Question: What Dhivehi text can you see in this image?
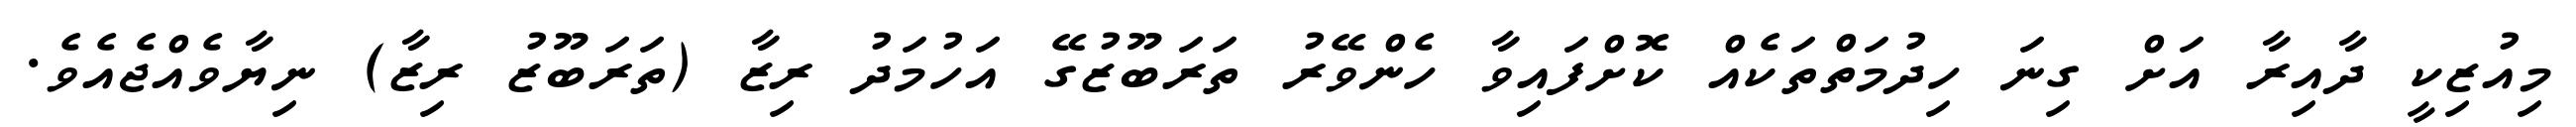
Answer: މިއުޒިކީ ދާއިރާ އަށް ގިނަ ހިދުމަތްތަކެއް ކޮށްފައިވާ ހެންވޭރު ތަރަބޫޒުގޭ އަހުމަދު ރިޒާ (ތަރަބޫޒު ރިޒާ) ނިޔާވެއްޖެއެވެ.